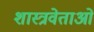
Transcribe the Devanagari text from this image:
शास्त्रवेताओं